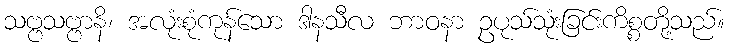
သဗ္ဗသဗ္ဗာနိ၊ အလုံးစုံကုန်သော ဒါနသီလ ဘာဝနာ ဥပုသ်သုံးခြင်းကိစ္စတို့သည်။